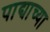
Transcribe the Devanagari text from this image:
पाद्याच्या